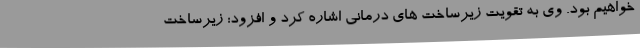
خواهیم بود. وی به تقویت زیرساخت های درمانی اشاره کرد و افزود: زیرساخت